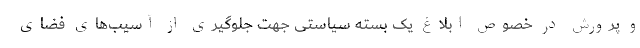
و پرورش در خصوص ابلاغ یک بسته سیاستی جهت جلوگیری از آسیب‌های فضای